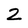
Character: 2